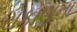
રોકાણના